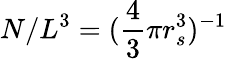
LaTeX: N/L^{3}=(\frac{4}{3}\pi r_{s}^{3})^{-1}